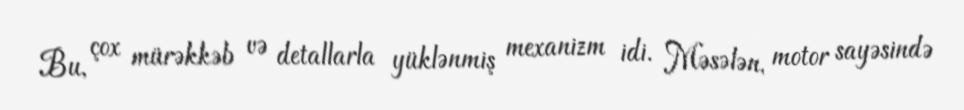
Bu, çox mürəkkəb və detallarla yüklənmiş mexanizm idi. Məsələn, motor sayəsində